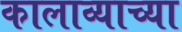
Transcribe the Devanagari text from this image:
कालाव्याच्या